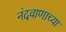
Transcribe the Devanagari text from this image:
नंदवाणाच्या